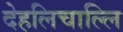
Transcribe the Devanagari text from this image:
देहलिचाल्लि